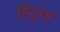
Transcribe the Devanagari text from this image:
हिंदुंचा